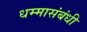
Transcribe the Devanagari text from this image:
धम्मासंबंधी